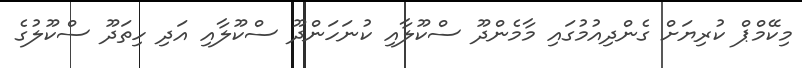
މިކޭމްޕް ކުރިޔަށް ގެންދިއުމުގައި މާމެންދޫ ސްކޫލާއި ކުނަހަންދޫ ސްކޫލާއި އަދި ހިތަދޫ ސްކޫލުގެ